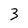
Character: 3